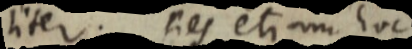
liter. fies etiam hoc